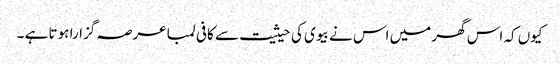
کیوں کہ اس گھر میں اس نے بیوی کی حیثیت سے کافی لمبا عرصہ گزارا ہوتا ہے ۔